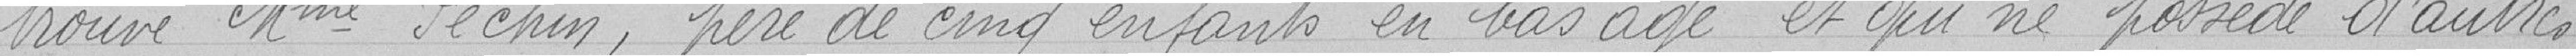
trouve Monsieur Péchin, père de cinq enfants en bas âges et qui ne possède d'autres